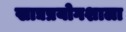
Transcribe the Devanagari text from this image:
खाद्यप्रयोगशाला